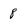
Character: 8